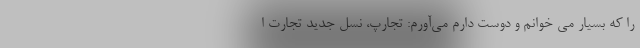
را که بسیار می خوانم و دوست دارم می‌آورم: تجارپ، نسل جدید تجارت ا